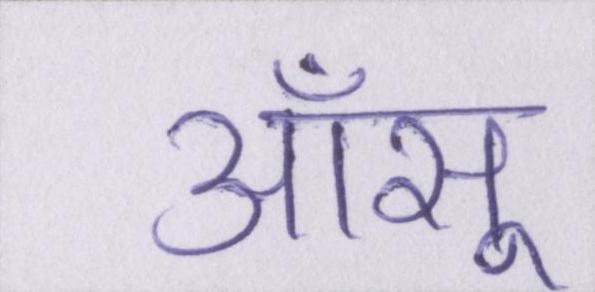
आँसू